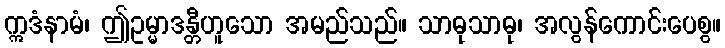
ဣဒံနာမံ၊ ဤဥမ္မာဒန္တီဟူသော အမည်သည်။ သာဓုသာဓု၊ အလွန်ကောင်းပေစွ။